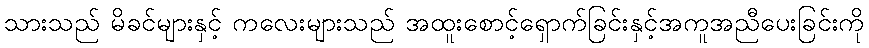
သားသည် မိခင်များနှင့် ကလေးများသည် အထူးစောင့်ရှောက်ခြင်းနှင့်အကူအညီပေးခြင်းကို